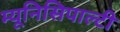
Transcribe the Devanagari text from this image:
म्यूनिसिपाल्टी